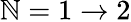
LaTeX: \mathbb{N}=1\rightarrow2